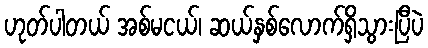
ဟုတ်ပါတယ် အစ်မငယ်၊ ဆယ်နှစ်လောက်ရှိသွားပြီပဲ